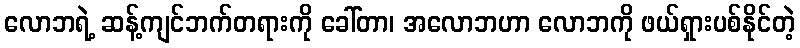
လောဘရဲ့ ဆန့်ကျင်ဘက်တရားကို ခေါ်တာ၊ အလောဘဟာ လောဘကို ဖယ်ရှားပစ်နိုင်တဲ့